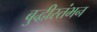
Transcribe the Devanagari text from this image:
बुद्धीस्तंभन